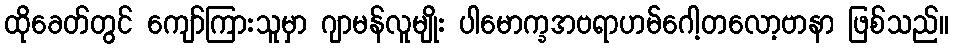
ထိုခေတ်တွင် ကျော်ကြားသူမှာ ဂျာမန်လူမျိုး ပါမောက္ခအဗရာဟမ်ဂေါ့တလော့ဗာနာ ဖြစ်သည်။